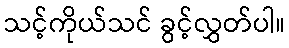
သင့်ကိုယ်သင် ခွင့်လွှတ်ပါ။